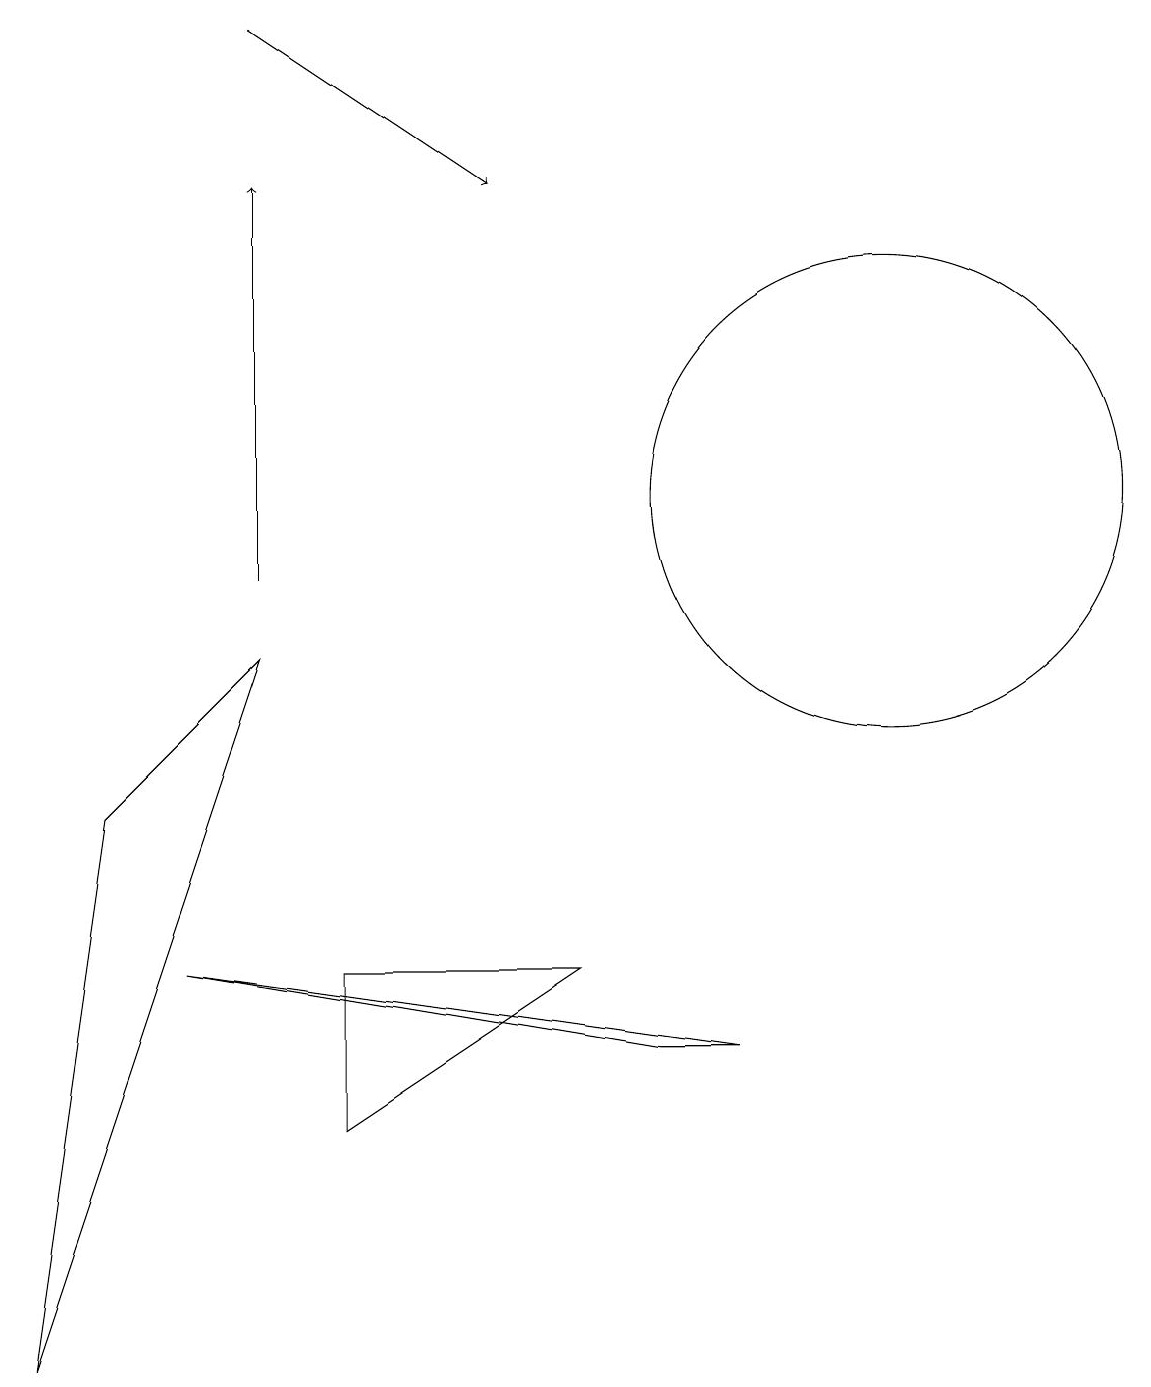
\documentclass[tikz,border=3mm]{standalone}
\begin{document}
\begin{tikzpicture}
\draw[->] (3,10) -- (3,15);
\draw (11,11) circle (3);
\draw (4,5) -- (7,5) -- (4,3) -- cycle;
\draw (3,9) -- (1,7) -- (0,0) -- cycle;
\draw[->] (3,17) -- (6,15);
\draw (8,4) -- (2,5) -- (9,4) -- cycle;
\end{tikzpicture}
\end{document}